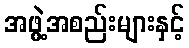
အဖွဲ့အစည်းများနှင့်